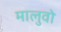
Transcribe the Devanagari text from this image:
मालुवो